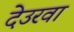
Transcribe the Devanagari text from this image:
देउरवा